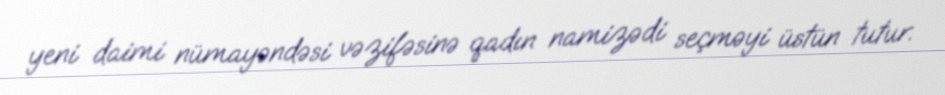
yeni daimi nümayəndəsi vəzifəsinə qadın namizədi seçməyi üstün tutur.